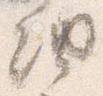
納